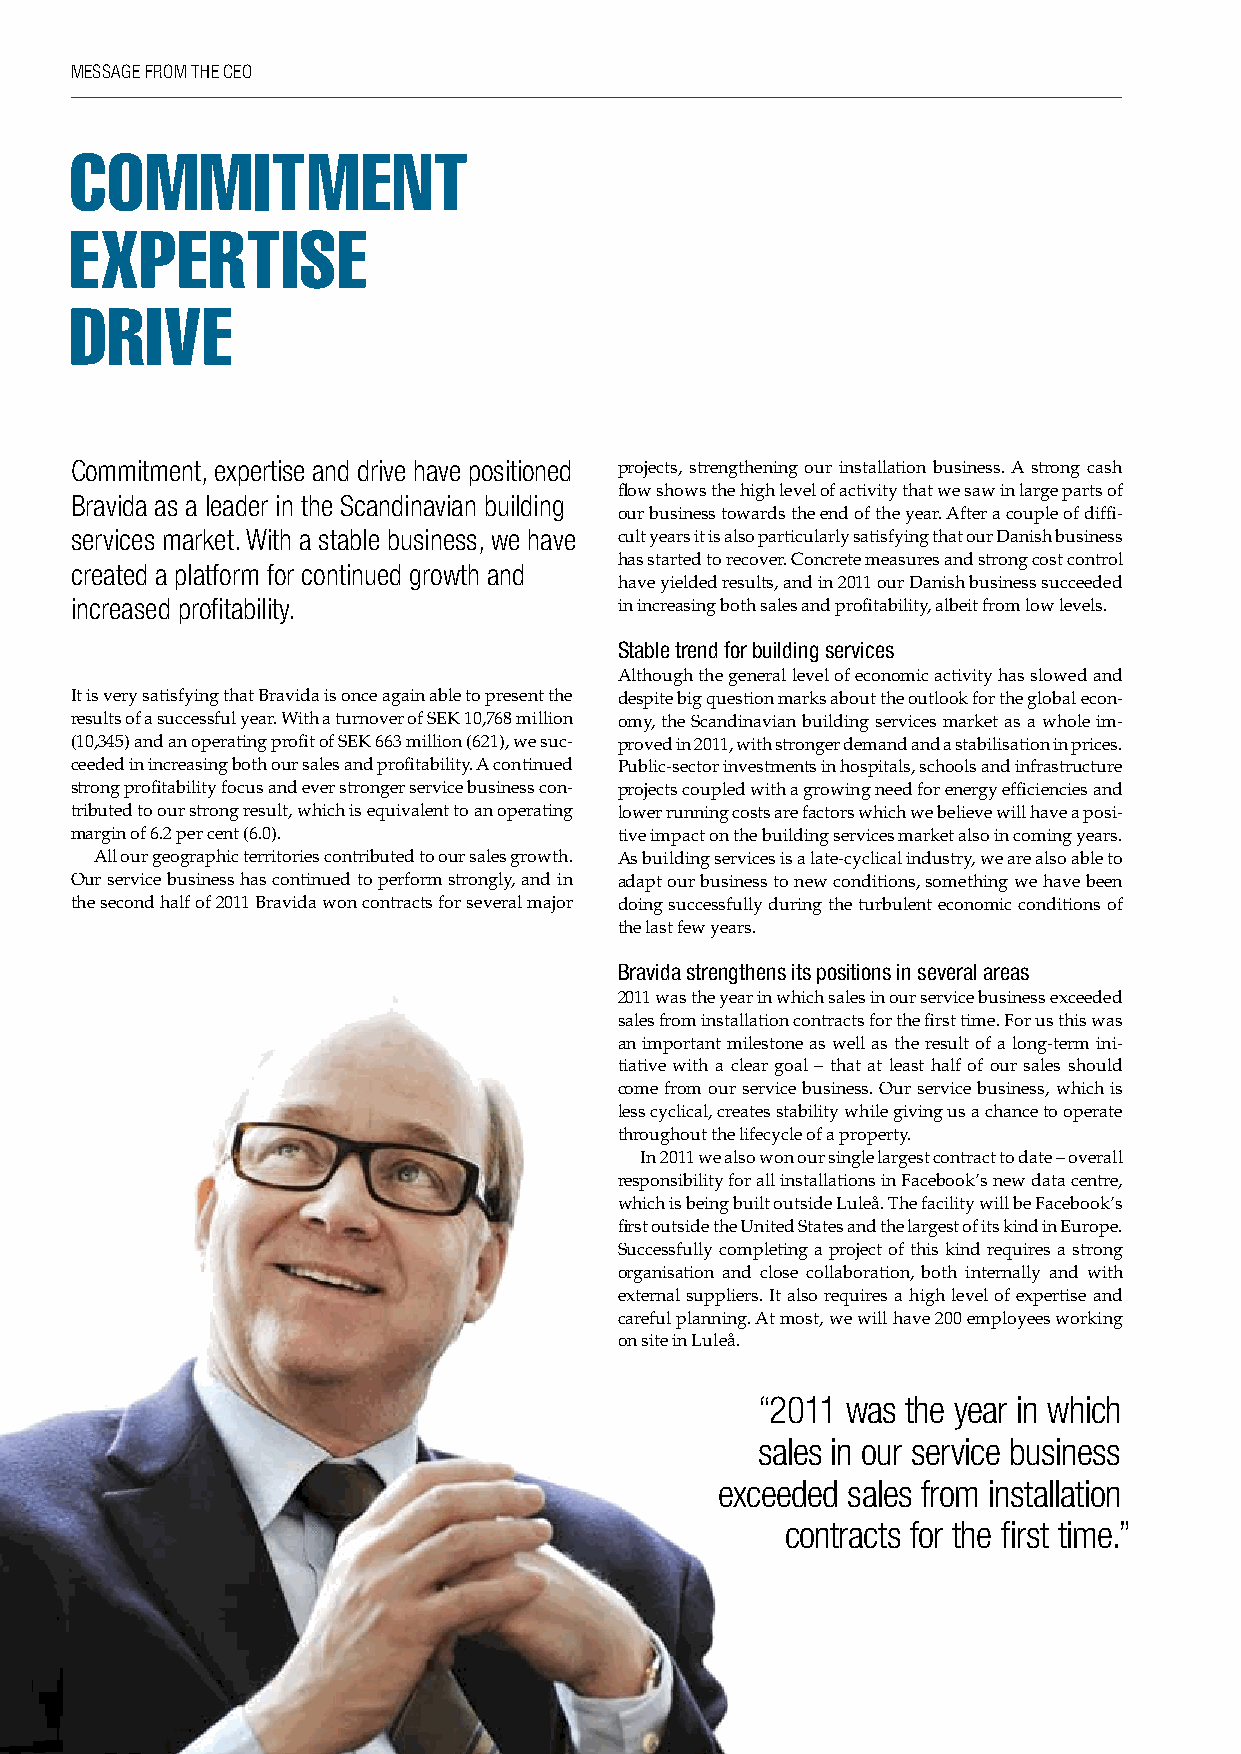
MESSAGE FROM ThE CEO
 commitment
 expertise
 drive
 Commitment, expertise and drive have positioned projects, strengthening our installation business. A strong cash
 flow shows the high level of activity that we saw in large parts of
 Bravida as a leader in the Scandinavian building
 our business towards the end of the year. After a couple of diffi-
 services market. With a stable business, we have cult years it is also particularly satisfying that our Danish business
 has started to recover. Concrete measures and strong cost control
 created a platform for continued growth and
 have yielded results, and in 2011 our Danish business succeeded
 increased profitability.            in increasing both sales and profitability, albeit from low levels.
 Stable trend for building services
 Although the general level of economic activity has slowed and
 It is very satisfying that Bravida is once again able to present the despite big question marks about the outlook for the global econ-
 results of a successful year. With a turnover of SEK 10,768 million omy, the Scandinavian building services market as a whole im-
 (10,345) and an operating profit of SEK 663 million (621), we suc- proved in 2011, with stronger demand and a stabilisation in prices.
 ceeded in increasing both our sales and profitability. A continued Public-sector investments in hospitals, schools and infrastructure
 strong profitability focus and ever stronger service business con- projects coupled with a growing need for energy efficiencies and
 tributed to our strong result, which is equivalent to an operating lower running costs are factors which we believe will have a posi-
 margin of 6.2 per cent (6.0).       tive impact on the building services market also in coming years.
 All our geographic territories contributed to our sales growth. As building services is a late-cyclical industry, we are also able to
 Our service business has continued to perform strongly, and in adapt our business to new conditions, something we have been
 the second half of 2011 Bravida won contracts for several major doing successfully during the turbulent economic conditions of
 the last few years.
 Bravida strengthens its positions in several areas
 2011 was the year in which sales in our service business e xceeded
 sales from installation contracts for the first time. For us this was
 an important milestone as well as the result of a long-term ini-
 tiative with a clear goal – that at least half of our sales should
 come from our service business. Our service business, which is
 less cyclical, creates stability while giving us a chance to operate
 throughout the lifecycle of a property.
 In 2011 we also won our single largest contract to date – overall
 responsibility for all installations in Facebook’s new data centre,
 which is being built outside Luleå. The facility will be Facebook’s
 first outside the United States and the largest of its kind in Europe.
 Successfully completing a project of this kind requires a strong
 organisation and close collaboration, both internally and with
 external suppliers. It also requires a high level of expertise and
 careful planning. At most, we will have 200 employees working
 on site in Luleå.
 “2011 was the year in which
 sales in our service business
 exceeded sales from installation
 contracts for the first time.”